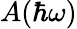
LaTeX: A(\hbar\omega)